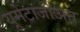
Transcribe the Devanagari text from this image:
यूमेटाजोअन